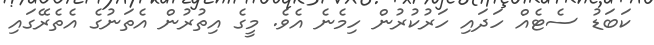
ކަބަޑު ސެޓެއް ހަދައި ހަރުކުރުން ހިމެނެ އެވެ. މީގެ އިތުރުން އެތަނުގެ އެތެރޭގައި